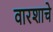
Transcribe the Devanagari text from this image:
वारशाचे